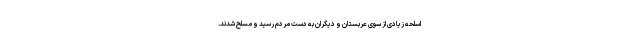
اسلحه زیادی از سوی عربستان و دیگران به دست مردم رسید و مسلح شدند.